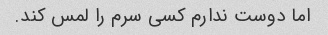
اما دوست ندارم کسی سرم را لمس کند.